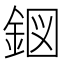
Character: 𮡹